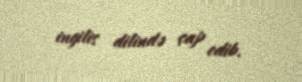
ingilis dilində çap edib.